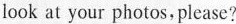
look at your photos, please?